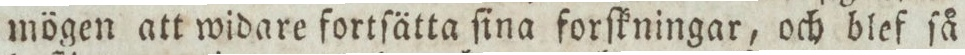
mögen att widare fortſätta ſina forſkningar, och blef ſå